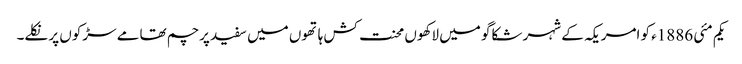
یکم مئی 1886ء کو امریکہ کے شہر شکاگو میں لاکھوں محنت کش ہاتھوں میں سفید پرچم تھامے سڑکوں پر نکلے۔